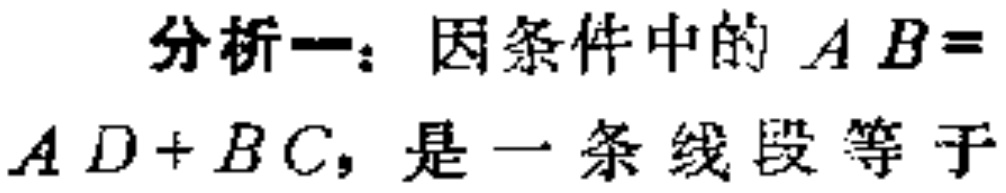
分析一：因条件中的 \(AB = AD + BC\)，是一条线段等于